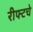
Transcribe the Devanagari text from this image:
रीफ्टचे